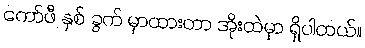
ကော်ဖီ နှစ် ခွက် မှာထားတာ အိုးထဲမှာ ရှိပါတယ်။